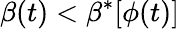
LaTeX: \beta(t)<\beta^{*}[\phi(t)]